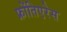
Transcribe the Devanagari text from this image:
फ्रोंतिएरेस